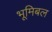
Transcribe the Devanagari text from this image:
भूमिबल